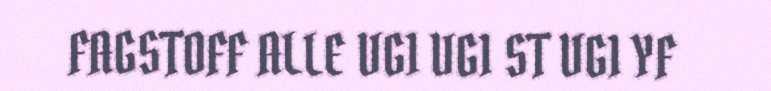
FAGSTOFF ALLE VG1 VG1 ST VG1 YF